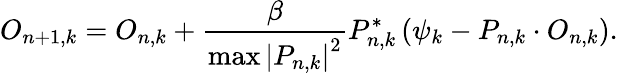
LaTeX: O_{n+1,k}=O_{n,k}+\frac{\beta}{\operatorname*{max}\left|P_{n,k}\right|^{2}}P_{n,k}^{*}\left(\psi_{k}-P_{n,k}\cdot O_{n,k}\right).